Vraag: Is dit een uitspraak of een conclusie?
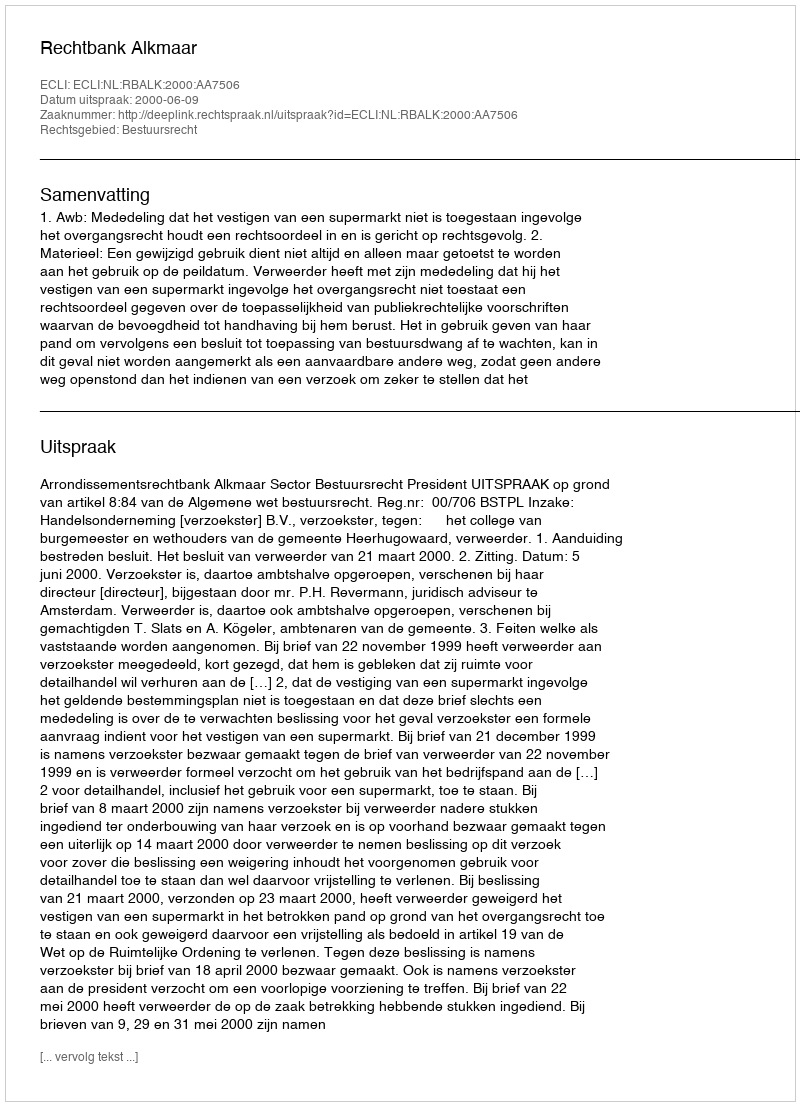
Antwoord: Uitspraak